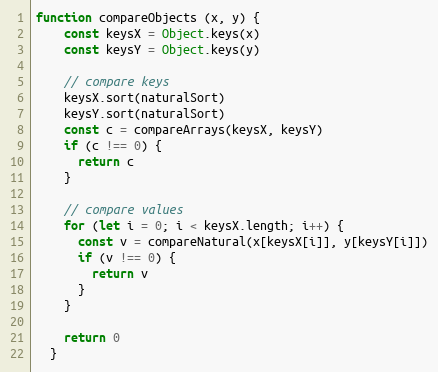
Language: JavaScript
function compareObjects (x, y) {
    const keysX = Object.keys(x)
    const keysY = Object.keys(y)

    // compare keys
    keysX.sort(naturalSort)
    keysY.sort(naturalSort)
    const c = compareArrays(keysX, keysY)
    if (c !== 0) {
      return c
    }

    // compare values
    for (let i = 0; i < keysX.length; i++) {
      const v = compareNatural(x[keysX[i]], y[keysY[i]])
      if (v !== 0) {
        return v
      }
    }

    return 0
  }